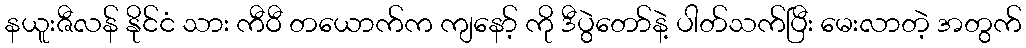
နယူးဇီလန် နိုင်ငံ သား ကီဝီ တယောက်က ကျနော့် ကို ဒီပွဲတော်နဲ့ ပါတ်သက်ပြီး မေးလာတဲ့ အတွက်